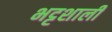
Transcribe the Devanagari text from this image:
भट्टशाली